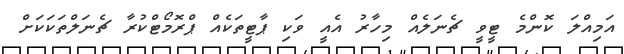
އަމިއްލަ ކޮންމެ ޓީވީ ޗެނަލެއް މިހާރު އެއީ ވަކި ޕާޓީތަކެއް ޕްރޮމޯޓްކުރާ ޗެނަލްތަކަކަށް